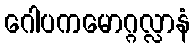
ဂေါပကမောဂ္ဂလ္လာနံ